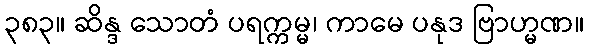
၃၈၃။ ဆိန္ဒ သောတံ ပရက္ကမ္မ၊ ကာမေ ပနုဒ ဗြာဟ္မဏ။